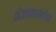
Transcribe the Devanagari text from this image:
शेजवलकरांच्या